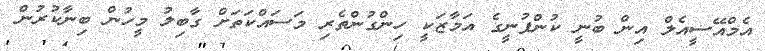
އެމްއޭސީއެލް އިން ބުނީ ކުންފުނީގެ އަމާޒަކީ ހިންގުންތެރި މަސައްކަތަށް ގާބިލު މީހުން ބިނާކުރުން